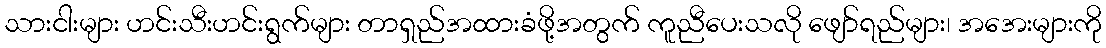
သားငါးများ ဟင်းသီးဟင်းရွက်များ တာရှည်အထားခံဖို့အတွက် ကူညီပေးသလို ဖျော်ရည်များ၊ အအေးများကို